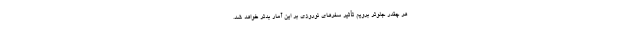
هر چقدر جلوتر برویم تأثیر سفرهای نوروزی بر این آمار بدتر خواهد شد.